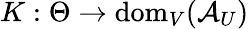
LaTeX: K:\Theta\to\mathrm{dom}_{V}(\mathcal{A}_{U})